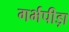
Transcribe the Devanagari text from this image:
गर्भपीड़ा